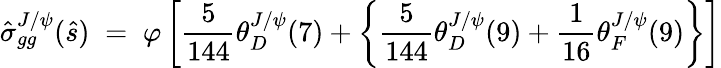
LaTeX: \hat{\sigma}_{gg}^{J/\psi}(\hat{s})\; =\; \varphi\left[{\frac{5}{144}}\theta_{D}^{J/\psi}(7)+\left\{ {\frac{5}{144}}\theta_{D}^{J/\psi}(9)+{\frac{1}{16}}\theta_{F}^{J/\psi}(9)\right\} \right]